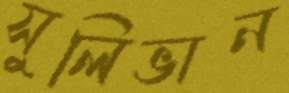
সুলিভান